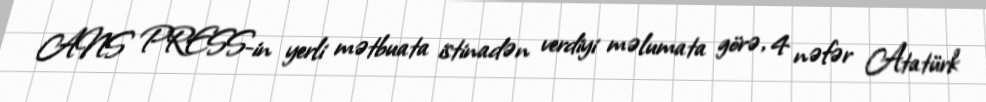
ANS PRESS-in yerli mətbuata istinadən verdiyi məlumata görə, 4 nəfər Atatürk